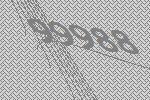
99988